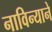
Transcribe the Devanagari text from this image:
नाविन्याने